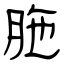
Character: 胣